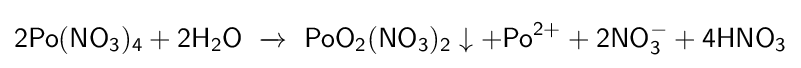
{\mathsf {2Po(NO_{3})_{4}+2H_{2}O\ \xrightarrow {} \ PoO_{2}(NO_{3})_{2}\downarrow +Po^{2+}+2NO_{3}^{-}+4HNO_{3}}}